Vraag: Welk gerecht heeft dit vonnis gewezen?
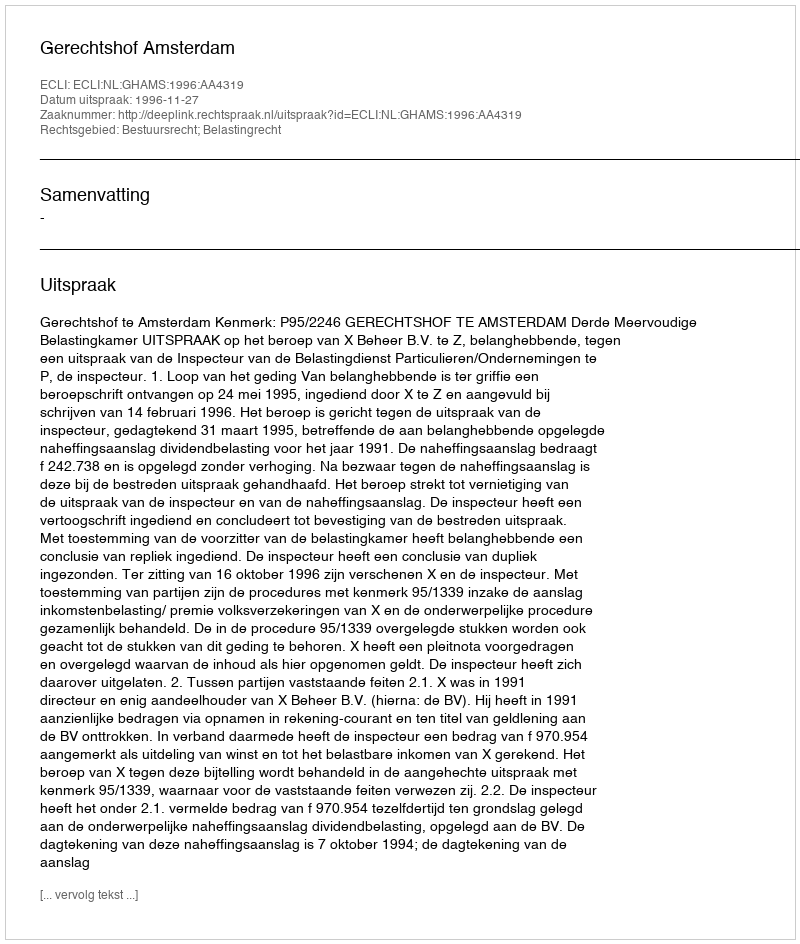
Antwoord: Gerechtshof Amsterdam